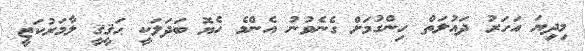
މިދިޔަ އަހަރު ދައުލަތް ހިންގުމަށް ގެނެވުނު އެންމެ ހެޔޮ ބަދަލަކީ ޙަޤީޤީ ލާމަރުކަޒީ